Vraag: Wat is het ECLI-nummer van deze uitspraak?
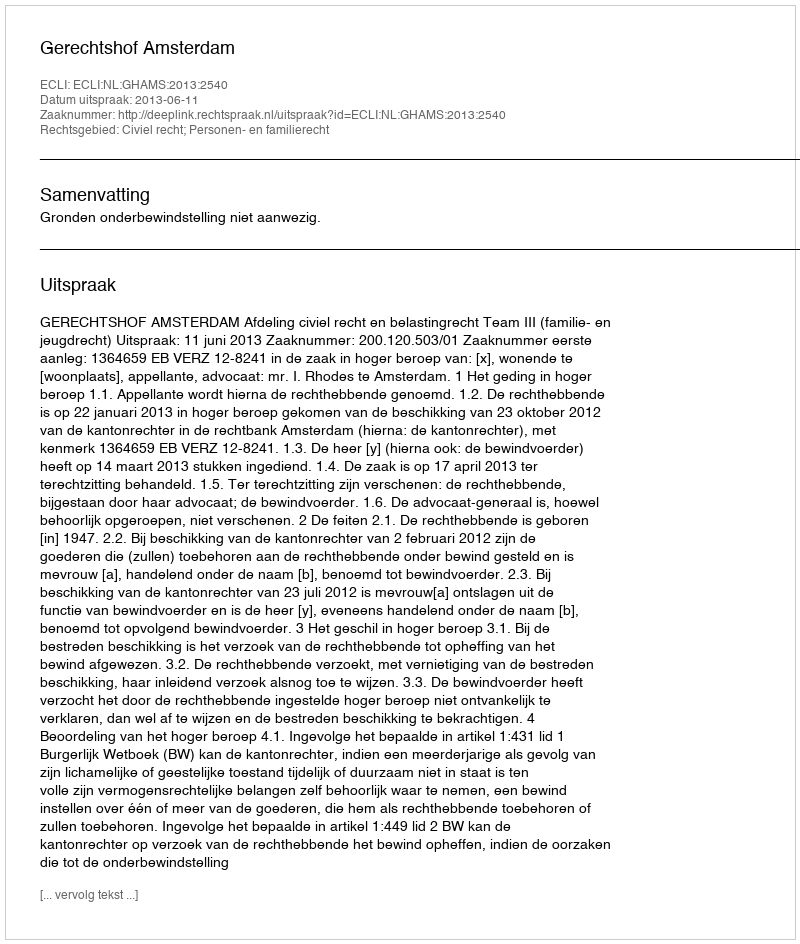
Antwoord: ECLI:NL:GHAMS:2013:2540